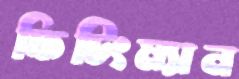
ফিটিংম্যান